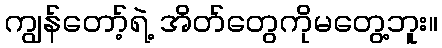
ကျွန်တော့်ရဲ့ အိတ်တွေကိုမတွေ့ဘူး။